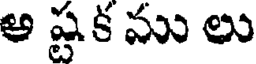
అ ష్టక ము లు